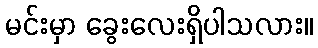
မင်းမှာ ခွေးလေးရှိပါသလား။